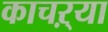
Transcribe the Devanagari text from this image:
काचऱ्या